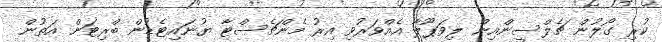
ކުރި ގޯލުން ޗެލްސީންއިން ލިވަޕޫލާ އެއްވަރުވި އިރު މެންޗެސްޓާ ޔުނައިޓެޑުން ބްރިޓަން އަތުން